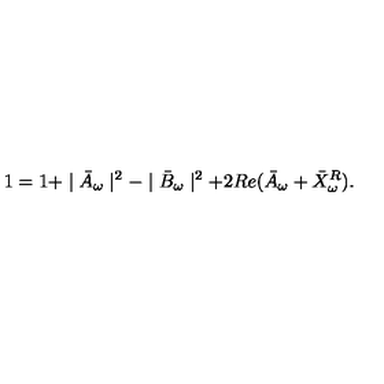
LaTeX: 1 = 1 + \mid \bar { A } _ { \omega } \mid ^ { 2 } - \mid \bar { B } _ { \omega } \mid ^ { 2 } + 2 R e ( \bar { A } _ { \omega } + \bar { X } _ { \omega } ^ { R } ) .